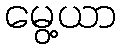
မွေ့ယာ